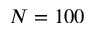
N = 1 0 0